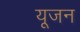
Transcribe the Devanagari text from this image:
यूजन